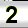
Digit: 2